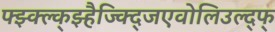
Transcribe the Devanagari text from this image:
फ्झ्क्ल्क्झ्हैज्क्द्जिएवोलिउल्द्फ्